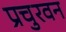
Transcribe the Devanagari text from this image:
प्रचुरवन